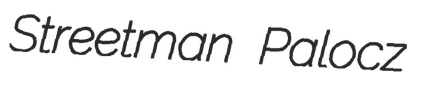
Streetman Palocz